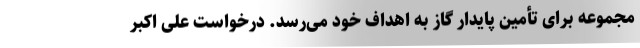
مجموعه برای تأمین پایدار گاز به اهداف خود می‌رسد. درخواست علی اکبر